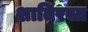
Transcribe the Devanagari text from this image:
शातिरस्त